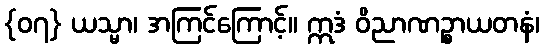
{၀၇} ယသ္မာ၊ အကြင်ကြောင့်။ ဣဒံ ဝိညာဏဉ္စာယတနံ၊